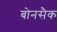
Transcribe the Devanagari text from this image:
बोनसैक